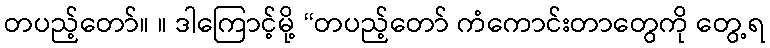
တပည့်တော်။ ။ ဒါကြောင့်မို့ “တပည့်တော် ကံကောင်းတာတွေကို တွေ့ရ